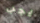
يجب